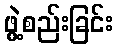
ဖွဲ့စည်းခြင်း